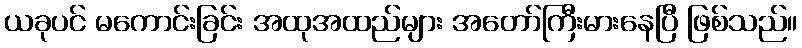
ယခုပင် မကောင်းခြင်း အထုအထည်များ အတော်ကြီးမားနေပြီ ဖြစ်သည်။